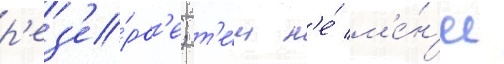
р'ез'е́рв'е; т'е́м н'е́ м'е́н'ее